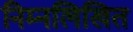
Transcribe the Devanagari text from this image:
निम्‍नलिखित